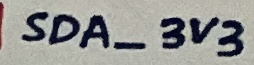
Text: SDA_3V3